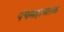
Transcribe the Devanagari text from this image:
पंचमहापातक